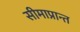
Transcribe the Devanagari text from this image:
सीमाप्रान्त